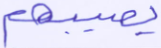
يصيبهم